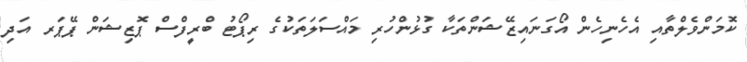
ކޮމަންވެލްތާއި އެހެނިހެން އޯގަނައިޒޭޝަންތަކާ ގުޅުންހުރި މައްސަލަތަކުގެ ރިޕޯޓު ބްރީފްސް ޕޮޒިޝަން ޕޭޕަރ އަދި